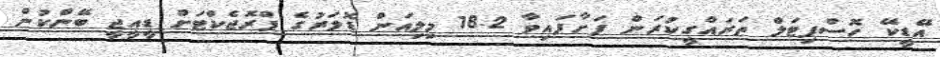
އޭޑީކޭ ހޮސްޕިޓަލް ތަރައްގީކުރަން ފަށާފައިވާ 18.2 މިލިއަން ޑޮލަރުގެ ޕްރޮޖެކްޓަށް ޑީއީޖީ ބޭންކުން